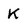
Character: k